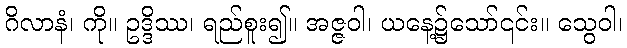
ဂိလာနံ၊ ကို။ ဥဒ္ဒိဿ၊ ရည်စူး၍။ အဇ္ဇဝါ၊ ယနေ့၌သော်၎င်း။ သွေဝါ၊